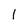
Character: I